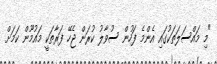
"މި މައްސަލަތަކުގައި އެންމެ ފަހުން ސުވާލު ކުރަން ޖެހޭ ފަރާތަކީ މައުމޫން ކަމަށް